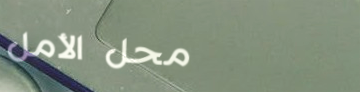
محل الأمل